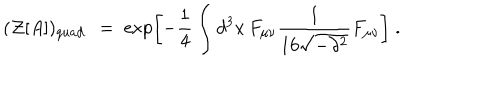
( { \mathcal Z } [ A ] ) _ { q u a d . } \; = \; \exp \left[ - \frac { 1 } { 4 } \int d ^ { 3 } x \, F _ { \mu \nu } \frac { 1 } { 1 6 \sqrt { - \partial ^ { 2 } } } F _ { \mu \nu } \right] \; .